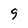
Character: 9